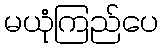
မယုံကြည်ပေ